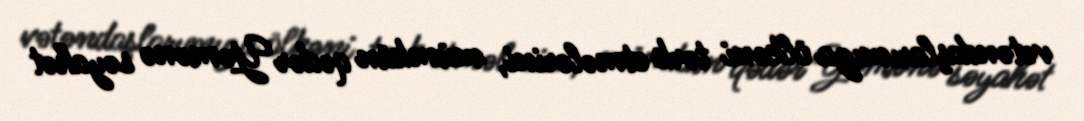
vətəndaşlarımıza ölkəni tərk etmələrini, mümkün qədər Yəmənə səyahət